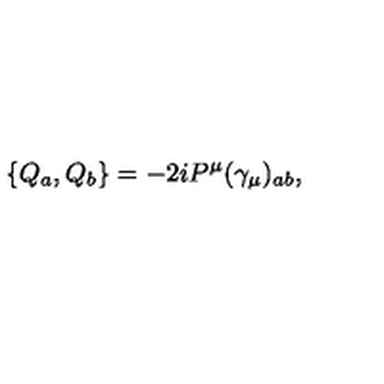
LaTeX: \{ Q _ { a } , Q _ { b } \} = - 2 i P ^ { \mu } ( \gamma _ { \mu } ) _ { a b } ,